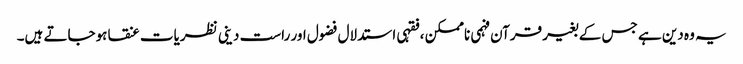
یہ وہ دین ہے جس کے بغیر قرآن فہمی ناممکن ،فقہی استدلال فضول اور راست دینی نظریات عنقا ہوجاتے ہیں۔